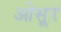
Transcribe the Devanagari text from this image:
ओसूर